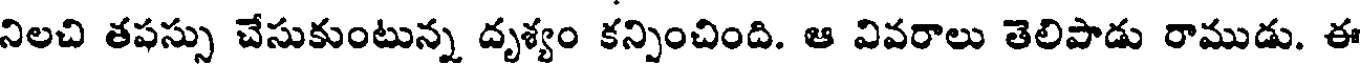
నిలచి తపస్సు చేసుకుంటున్న దృశ్యం కన్పించింది. ఆ వివరాలు తెలిపాడు రాముడు. ఈ